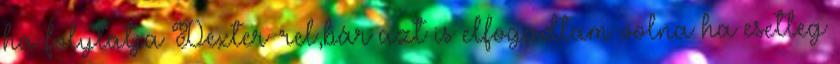
ha folytatja Dexter-rel,bár azt is elfogadtam volna ha esetleg